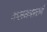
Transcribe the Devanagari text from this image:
कलमनावाने